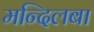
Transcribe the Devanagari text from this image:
मन्दिलबा